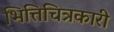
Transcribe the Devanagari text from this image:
भित्तिचित्रकारी